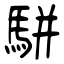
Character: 騈